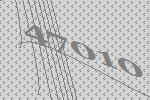
47010